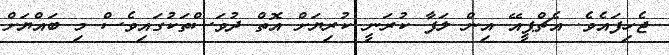
ޖެހިފައެވެ. އެޗްޕީއޭ އިން ލަފާ ކުރަނީ ކުރިޔަށް އޮތް ދުވަސްތަކުގައިވެސް މި ބައްޔަށް